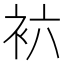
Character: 𰳱